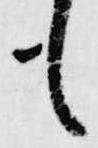
も